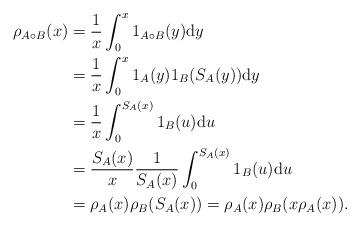
LaTeX: \begin{align*}\begin{aligned}\rho_{A \circ B}(x) & = \frac{1}{x} \int_0^x 1_{A \circ B}(y) \mathrm{d}y \\& = \frac{1}{x} \int_0^x 1_A(y)1_B(S_A(y)) \mathrm{d}y \\& = \frac{1}{x} \int_0^{S_A(x)} 1_B(u) \mathrm{d}u \\& = \frac{S_A(x)}{x} \frac{1}{S_A(x)}\int_0^{S_A(x)} 1_B(u) \mathrm{d}u \\& = \rho_A(x) \rho_B(S_A(x)) = \rho_A(x) \rho_B(x\rho_A(x)).\end{aligned}\end{align*}